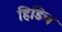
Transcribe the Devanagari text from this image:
हिडिच